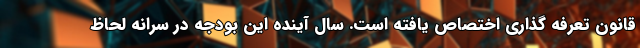
قانون تعرفه گذاری اختصاص یافته است. سال آینده این بودجه در سرانه لحاظ